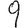
Digit: 9